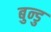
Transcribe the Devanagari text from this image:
बुन्डु